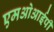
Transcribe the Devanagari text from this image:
एमओआईपी